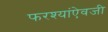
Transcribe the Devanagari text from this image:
फरश्यांऐवजी